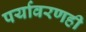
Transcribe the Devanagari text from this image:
पर्यावरणही